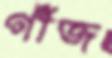
গাঁজ